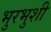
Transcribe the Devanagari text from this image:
भुरभुशी